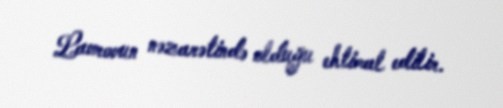
Lavrovun nəzarətində olduğu ehtimal edilir.